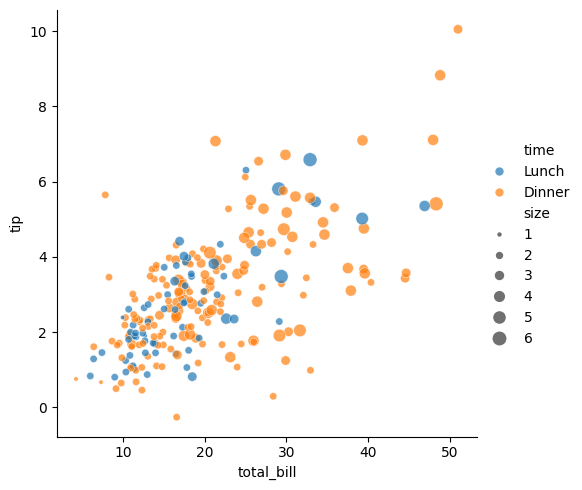
python, seaborn, relplot, alpha=0.7